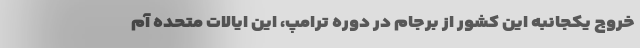
خروج یکجانبه این کشور از برجام در دوره ترامپ، این ایالات متحده آم